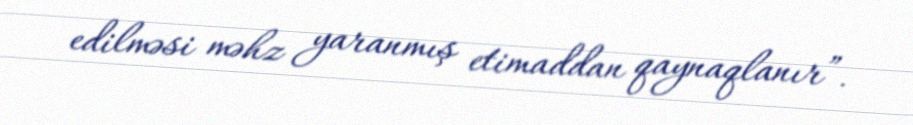
edilməsi məhz yaranmış etimaddan qaynaqlanır”.